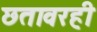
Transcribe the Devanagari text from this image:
छतावरही